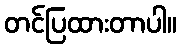
တင်ပြထားတာပါ။